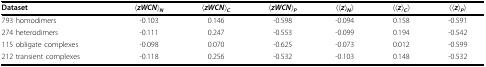
<table><thead><tr><td><b>Dataset</b></td><td><b>〈<i>zWCN</i>〉<sub><i>N</i></sub></b></td><td><b>〈<i>zWCN</i>〉<sub><i>C</i></sub></b></td><td><b>〈<i>zWCN</i>〉<sub><i>P</i></sub></b></td><td><b>〈〈<i>z</i>〉<sub><i>N</i></sub>〉</b></td><td><b>〈〈<i>z</i>〉<sub><i>C</i></sub>〉</b></td><td><b>〈〈<i>z</i>〉<sub><i>P</i></sub>〉</b></td></tr></thead><tbody><tr><td>793 homodimers</td><td>-0.103</td><td>0.146</td><td>-0.598</td><td>-0.094</td><td>0.158</td><td>-0.591</td></tr><tr><td>274 heterodimers</td><td>-0.111</td><td>0.247</td><td>-0.553</td><td>-0.099</td><td>0.194</td><td>-0.542</td></tr><tr><td>115 obligate complexes</td><td>-0.098</td><td>0.070</td><td>-0.625</td><td>-0.073</td><td>0.012</td><td>-0.599</td></tr><tr><td>212 transient complexes</td><td>-0.118</td><td>0.256</td><td>-0.532</td><td>-0.103</td><td>0.148</td><td>-0.532</td></tr></tbody></table>